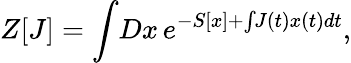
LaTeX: Z[J]=\int\! Dx\, e^{-S[x]+\int\! J(t)x(t)dt},